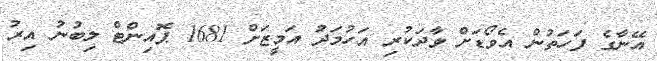
އޭނާގެ ފަހަތުން އެވޯޑަށް ވާދަކުރި އަހުމަދު އަމީޒަށް 1681 ޕޮއިންޓް ލިބުނު އިރު